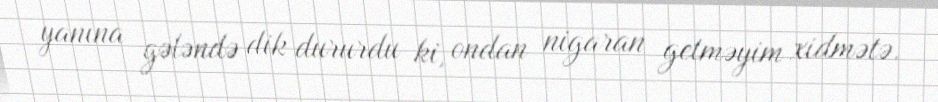
yanına gələndə dik dururdu ki, ondan nigaran getməyim xidmətə.